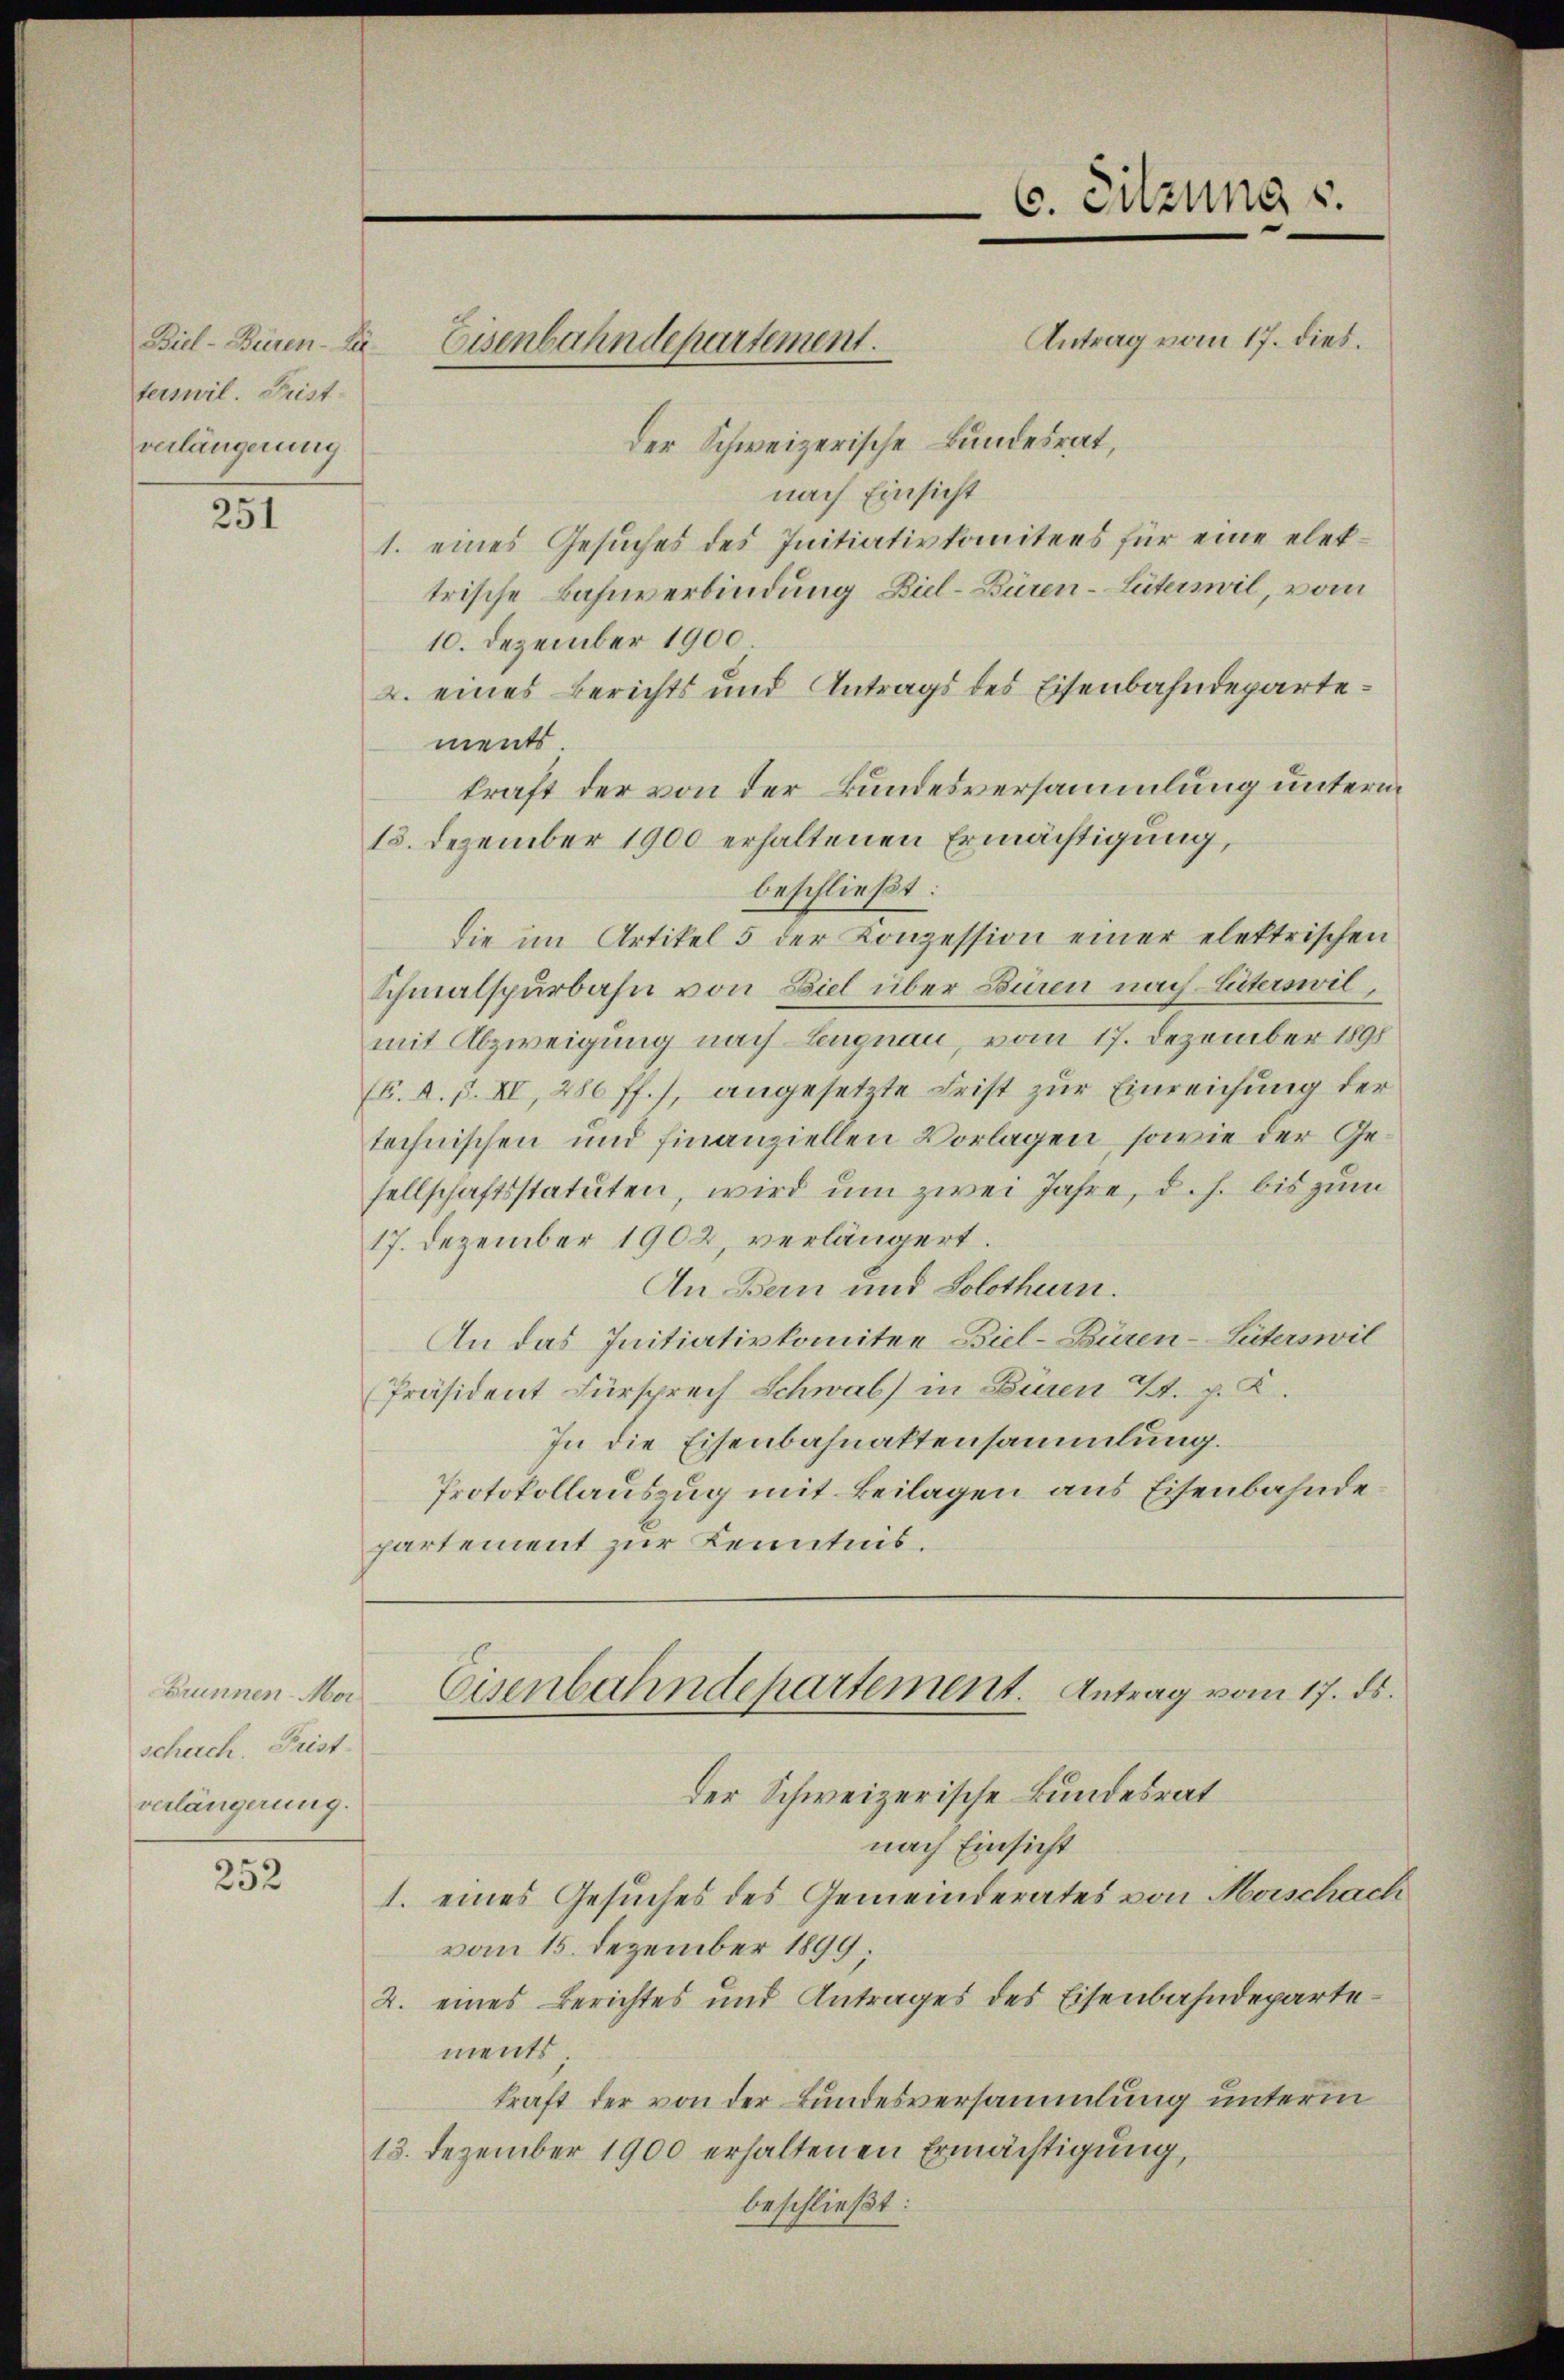
terswil. Frist-
verlängerung

251

scherch. Frist.
verlängerung.

252

Biel-Büren. Da Eisenbahndepartement.

C. Sitzung s.

Antrag vom 17. dies.
der Schweizerische Bundesrat,
nach Einsicht
1. eines Gesuches des Initiativkomitees für eine elektrische Bahnverbindung Biel-Büren-Literswil, vom
10. Dezember 1900
2. eines Berichts und Antrags des Eisenbahndepartements
kraft der von der Bundesversammlung unterm
13. Dezember 1900 erhaltenen Ermächtigung,
beschließt:
die im Artikel 5 der Konzession einer elektrischen
Schmalspurbahn von Biel über Buren nach Literswil,
mit Abzweigung nach Lengnau, vom 17. Dezember 1891
(6. d. d. II, 286 ff.), angesetzte Frist zur Einreichung der
technischen und finanziellen Vorlagen, sowie der Gesellschaftsstatuten, wird um zwei Jahre, d. h. bis zum
17. Dezember 1902, verlängert.
An Bern und Solothurn.
An das Initiativkomitee Biel-Büren-Güterswil
Präsident Fürsprech Schwab) in Büren 2. p. K.
In die Eisenbahnaktensammlung.
Protokollauszug mit Beilagen aus Eisenbahndepartement zur Kenntnis.

Der Schweizerische Bundesrat
nach Einsicht
1. eines Gesuches des Gemeinderates von Morschach
vom 15. Dezember 1899.
2. eines Berichtes und Antrages des Eisenbahndepartements
kraft der von der Bundesversammlung unterm
13. Dezember 1900 erhaltenen Ermächtigung,
beschließt:

kammen Ma Eisenbahndepartement. Antrag vom 17. ds.